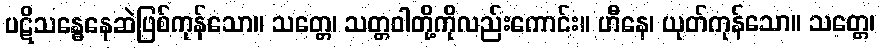
ပဋိသန္ဓေနေဆဲဖြစ်ကုန်သော။ သတ္တေ၊ သတ္တဝါတို့ကိုလည်းကောင်း။ ဟီနေ၊ ယုတ်ကုန်သော။ သတ္တေ၊